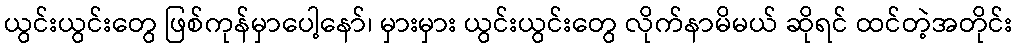
ယွင်းယွင်းတွေ ဖြစ်ကုန်မှာပေါ့နော်၊ မှားမှား ယွင်းယွင်းတွေ လိုက်နာမိမယ် ဆိုရင် ထင်တဲ့အတိုင်း